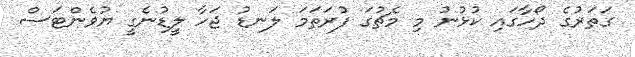
ގަތަރުގެ ދޯހާގައި ކުޅުނު މި މެޗުގަ ފުރަތަމަ ލަނޑު ޖަހާ ލީޑުނެގީ ޔުވެންޓަސް